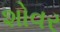
શોવર